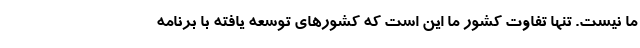
ما نیست. تنها تفاوت کشور ما این است که کشورهای توسعه یافته با برنامه